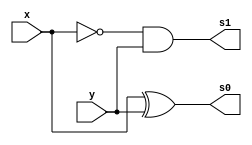
// Guia 04 - Capitulo 3
// Nome: Karen Alves Pereira
// Data: 03/03/2011
//-----------------------------------------
// -- Diferenca-completa com duas meia-diferenca 
//-----------------------------------------

 module meiadiferenca(s0, s1, x, y);    //--criando entradas e saidas
 output s0, s1;                         //--definindo saidas
 input x, y;                            //--definindo entradas
 
 xor XOR1(s0, x, y);                   //--operacao da meia-diferenca
 and AND1(s1, ~x, y);
   
 endmodule   //--fim modulo meiadiferenca
 
 module diferencacompleta(s0, s1, x, y, e1);   //--criando modulo da difereca-completa
 output s0, s1;                                //--definindo saidas
 input x, y, e1;                               //--definindo entradas 
 
 meiadiferenca FU1(s2, s3, x, y);        //--chamando o modulo meia diferenca
 meiadiferenca FU2(s0, s4, s2, e1);      //--chamando o modulo meia diferenca
 or OR1(s1, s3,s4);                     //--porta or juntando as duas chamadas do modulo meia diferenca
 
 endmodule   //--dim modulo diferencacompleta
 
 //--------------------------------
 //-- Teste Diferenca-completa
 //--------------------------------
 
 module tesdiferenca;   //--criando modulo teste
 reg x, y, e1;         //-- valores definidos (registradores)
 wire s0, s1;           //-- valor alternado de acordo com a operacao
 
 diferencacompleta DF(s0, s1, x, y, e1);     //-- chamando o modulo
 
 initial begin
 		$display("Guia 04 - Karen Alves Pereira - 407451");             //-- imprimindo na tela
		$display("Operador de diferenca-completa");
		$display("\nx y e1 s0 s1");
		$monitor("%b %b %b  %b  %b", x, y, e1, s0, s1);
		x=0; y=0; e1=0;         //-- fornecendo valores
 #1   x=0; y=0; e1=1;
 #1   x=0; y=1; e1=0;
 #1   x=0; y=1; e1=1;
 #1   x=1; y=0; e1=0;
 #1   x=1; y=0; e1=1;
 #1   x=1; y=1; e1=0;
 #1   x=1; y=1; e1=1; 
 end                    //-- fim begin
 endmodule     //-- fim modulo testdiferenca